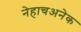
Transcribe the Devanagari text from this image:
नेहाचअनेक